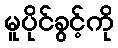
မူပိုင်ခွင့်ကို